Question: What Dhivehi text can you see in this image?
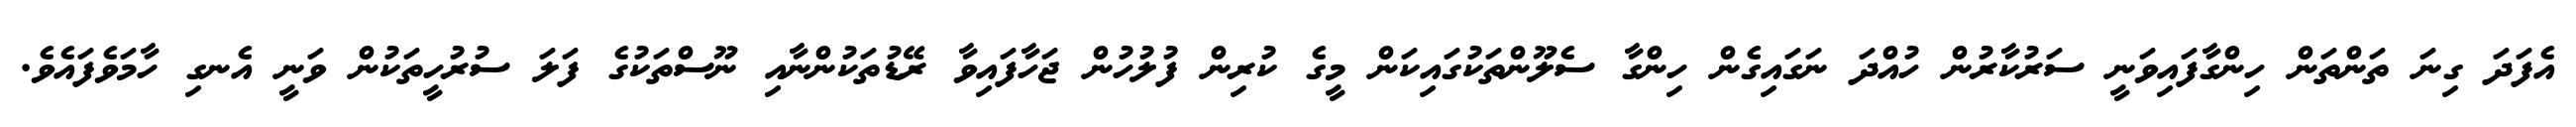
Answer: އެފަދަ ގިނަ ތަންތަން ހިންގާފައިވަނީ ސަރުކާރުން ހުއްދަ ނަގައިގެން ހިންގާ ސެލޫންތަކުގައިކަން މީގެ ކުރިން ފުލުހުން ޖަހާފައިވާ ރޭޑުތަކުންނާއި ނޫސްތަކުގެ ފަލަ ސުރުހީތަކުން ވަނީ އެނގި ހާމަވެފައެވެ.